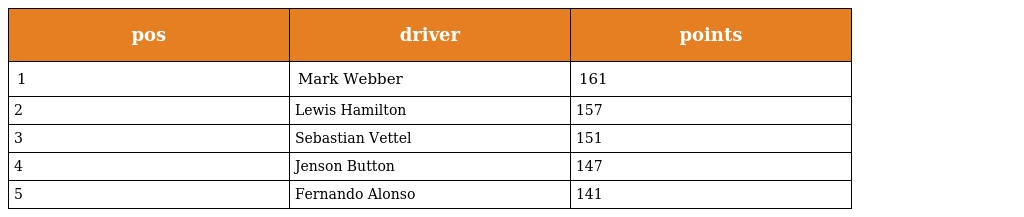
| pos | driver | points |
 | --- | --- | --- |
 | 1 | Mark Webber | 161 |
 | 2 | Lewis Hamilton | 157 |
 | 3 | Sebastian Vettel | 151 |
 | 4 | Jenson Button | 147 |
 | 5 | Fernando Alonso | 141 |